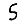
Digit: 5